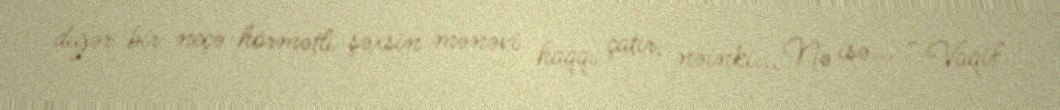
digər bir neçə hörmətli şəxsin mənəvi haqqı çatır, nəinki... Nə isə... - Vaqif